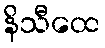
နိသီထေ